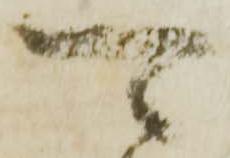
可